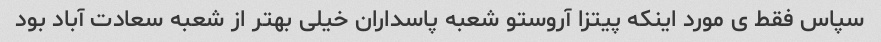
سپاس فقط ی مورد اینکه پیتزا آروستو شعبه پاسداران خیلی بهتر از شعبه سعادت آباد بود